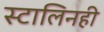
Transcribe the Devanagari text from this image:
स्टालिनही